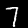
Digit: 7